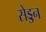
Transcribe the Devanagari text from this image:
सेड्डन